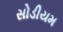
સોડીયમ